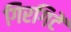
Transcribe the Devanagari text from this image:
गिरगिटें